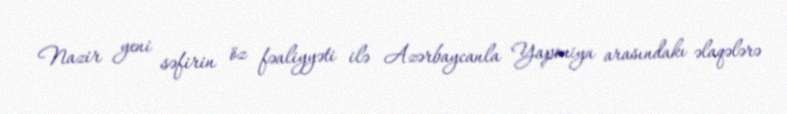
Nazir yeni səfirin öz fəaliyyəti ilə Azərbaycanla Yaponiya arasındakı əlaqələrə